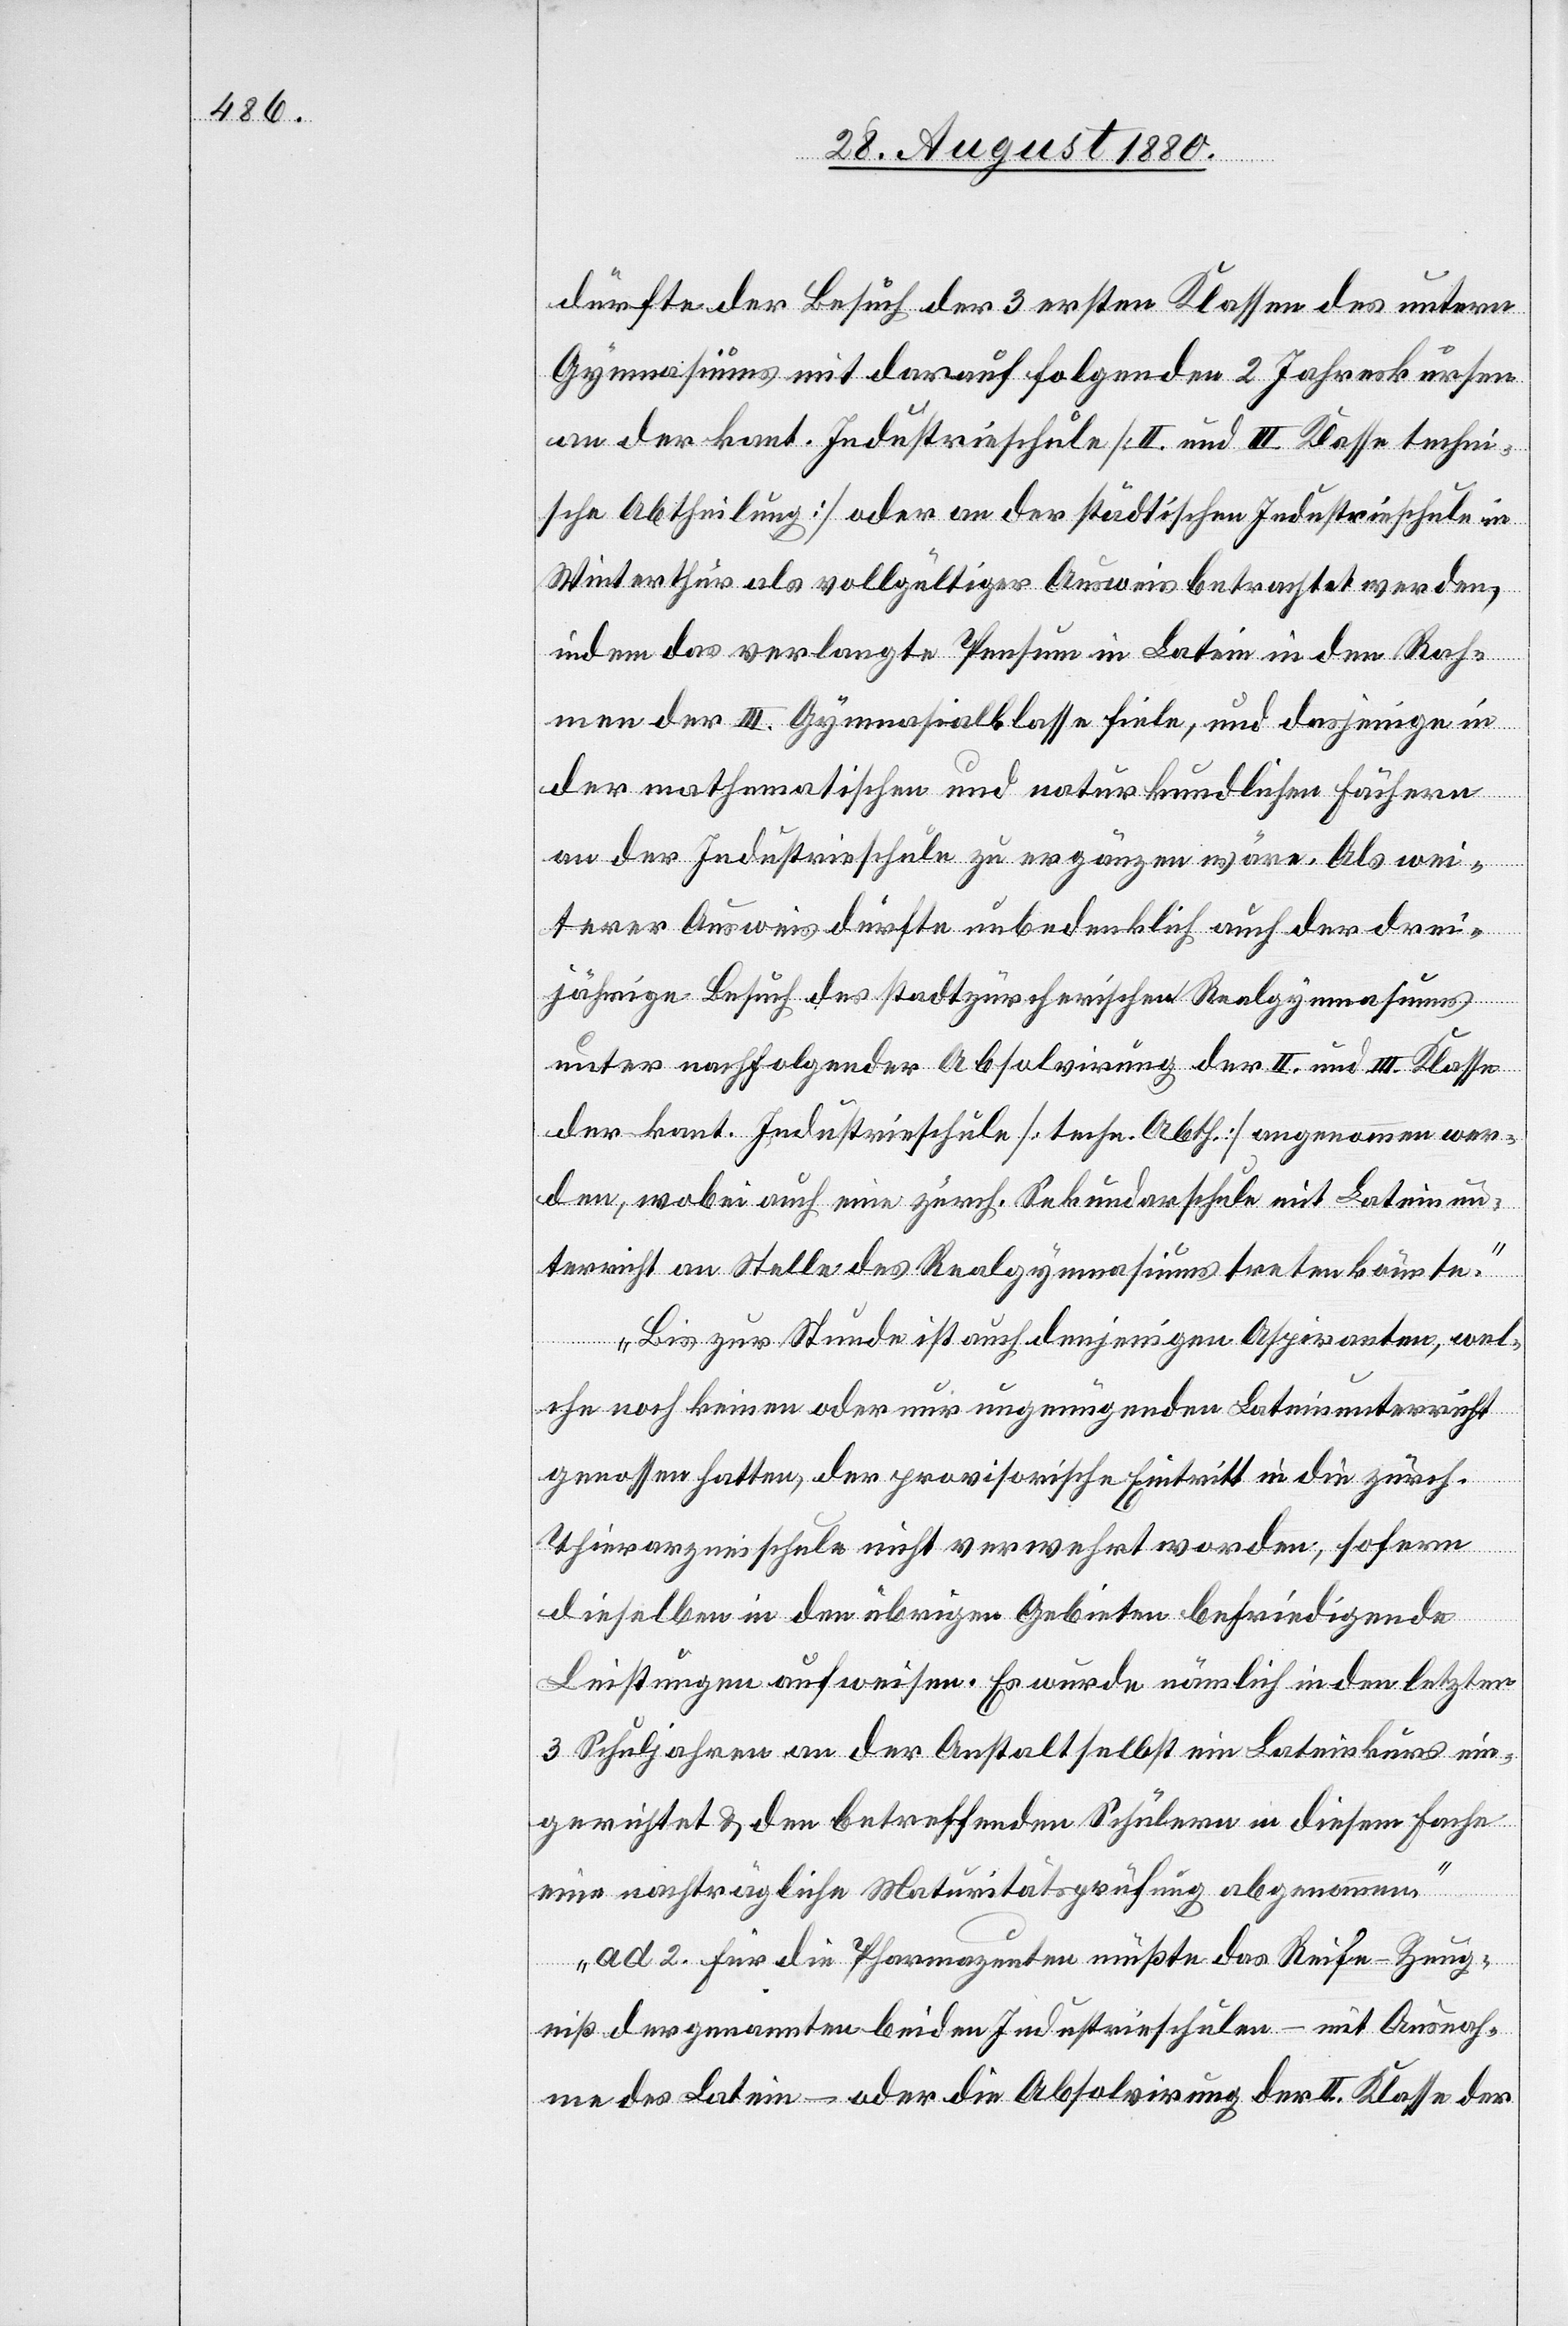
dürfte der Besuch der 3 ersten Klassen des untern
Gymnasiums mit darauf folgenden 2 Jahreskursen
an der kant. Industrieschule [II. und III. Klasse techni¬
sche Abtheilung] oder an der städtischen Industrieschule in
Winterthur als vollgültiger Ausweis betrachtet werden,
indem das verlangte Pensum in Latein in den Rah¬
men der III. Gymnasialklasse fiele, und dasjenige in
mathematischen und naturkundlichen Fächern
an der Industrieschule zu ergänzen wäre. Als wei¬
terer Ausweis dürfte unbedenklich auch der drei¬
jährige Besuch des stadtzürcherischen Realgymnasiums
unter nachfolgender Absolvirung der II. und III. Klasse
der kant. Industrieschule [techn. Abth.] angenommen wer¬
den, wobei auch eine zürch. Sekundarschule mit Lateinun¬
terricht an Stelle des Realgymnasiums treten könnte.
der
Bis zur Stunde ist auch denjenigen Aspiranten, wel¬
che noch keinen oder nur ungenügenden Lateinunterricht
genossen hatten, der provisorische Eintritt in die zürch.
Thierarzneischule nicht verwehrt worden, sofern
dieselben in den übrigen Gebieten befriedigende
Leistungen aufweisen. Es wurde nämlich in den letzten
3 Schuljahren an der Anstalt selbst ein Lateinkurs ein¬
gerichtet & den betreffenden Schülern in diesem Fache
eine nachträgliche Maturitätsprüfung abgenommen.
ad 2. für die Pharmazeuten mußte das Reife-Zeug¬
niß der genannten beiden Industrieschulen – mit Ausnah¬
me des Latein – oder die Absolvirung der II. Klasse der